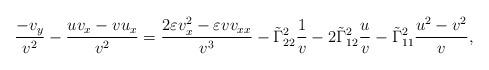
LaTeX: \begin{align*}\frac{-v_y}{v^2}-\frac{uv_x-vu_x}{v^2}=\frac{2\varepsilon v_x^2-\varepsilon vv_{xx}}{v^3}-\tilde{\Gamma}^2_{22}\frac{1}{v}-2\tilde{\Gamma}^2_{12}\frac{u}{v}-\tilde{\Gamma}^2_{11}\frac{u^2-v^2}{v},\end{align*}